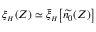
\xi _ { { \scriptscriptstyle H } } ( Z ) \simeq \bar { \xi } _ { { \scriptscriptstyle H } } \big [ \widetilde { n _ { 0 } } ( Z ) \big ]